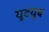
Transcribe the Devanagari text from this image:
यूटयूब